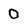
Character: 0